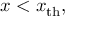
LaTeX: x < x _ { \mathrm { t h } } ,